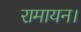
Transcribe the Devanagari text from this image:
रामायन।